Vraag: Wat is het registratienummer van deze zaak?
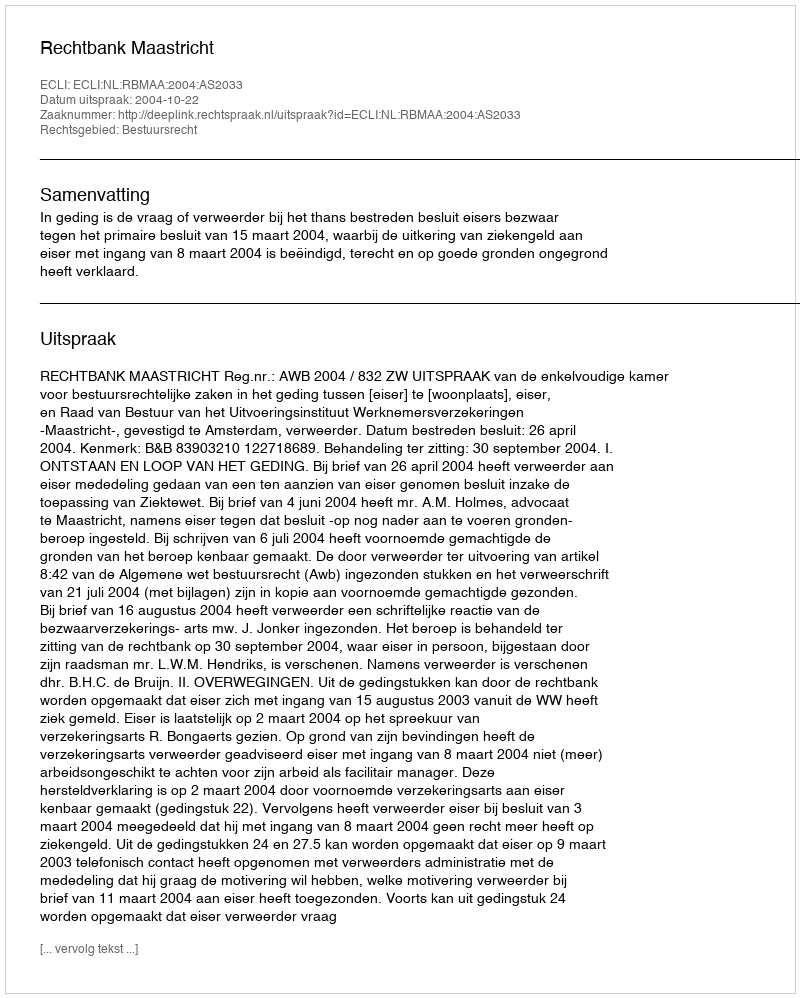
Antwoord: http://deeplink.rechtspraak.nl/uitspraak?id=ECLI:NL:RBMAA:2004:AS2033